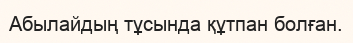
Абылайдың тұсында құтпан болған.